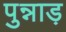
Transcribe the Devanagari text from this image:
पुन्नाड़